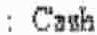
: CASH